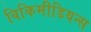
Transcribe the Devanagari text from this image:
विकिमीडियन्स